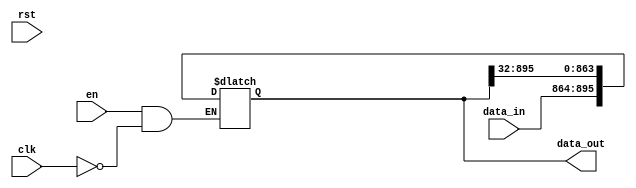
//module move_row_data(clk,en,data_in,)


module get_data(clk,rst,data,data_kernel,mul_en,kernel_en);
input clk;
input rst;
input [31:0] data;
output reg [32*9 -1 :0] data_kernel;
output wire mul_en;//
output wire kernel_en;

wire [32*28-1:0] data_row1,data_row2,data_row3;//data

reg flag1,flag2,flag3,flag4;// flag4
reg [6:0] count1,count2,count3;//
reg [9:0] count;
wire [31:0] data1,data2,data3;
reg [31:0] d1,d2;
reg finsh;

assign data1 = flag4 ? d1 : data;
assign data2 = flag4 ? d2 : data;
assign data3 = data;
assign kernel_en = (count==0 | count >726) ? 1'b0 : 1'b1;
initial begin
	flag1 = 0;
	flag2 = 0;
	flag3 = 0;
	flag4 = 0;
	count1 = 0;
	count2 = 0;
	count3 = 0;
	finsh = 0;
	count = 0;
end
move_row_data row1(clk,rst,flag1,data1,data_row1);
move_row_data row2(clk,rst,flag2,data2,data_row2);
move_row_data row3(clk,rst,flag3,data3,data_row3);

always @(posedge clk )begin

	if(count3 <28) begin
		if (count3 == 27) finsh = 1;
		if(count2 <28)begin
			if(count1 <28)begin
			   if (count1 == 0) flag1 = 1;
				count1 = count1 + 1;
			end
			else begin
				flag1 =0;
				flag2 =1;
				count2 = count2 + 1;
			end
		end
		else begin
			flag2 = 0;
			flag3 = 1;
			count3 = count3 + 1;
		end
	end
	else begin
		flag1 = 1;
		flag2 = 1;
		flag3 = 1;
		flag4 = 1;
	end
	d1 = data_row2[31:0];
	d2 = data_row3[31:0];
	data_kernel[31:0]= flag4 ? data_row1[31:0] : data_kernel[31:0];
	data_kernel[63:32]=flag4 ? data_row1[63:32] : data_kernel[63:32];
	data_kernel[95:64]=flag4 ? data_row1[95:64] : data_kernel[95:64];
	data_kernel[127:96]=flag4 ? data_row2[31:0] : data_kernel[127:96];
	data_kernel[159:128]=flag4 ? data_row2[63:32] : data_kernel[159:128];
	data_kernel[191:160]=flag4 ? data_row2[95:64] : data_kernel[191:160];
	data_kernel[223:192]=flag4 ? data_row3[31:0] : data_kernel[223:192];
	data_kernel[255:224]=flag4 ? data_row3[63:32] : data_kernel[255:224];
	data_kernel[287:256]=flag4 ? data_row3[95:64] : data_kernel[287:256];
	count = flag4 ? count + 1 : count;
end

assign mul_en = flag1 | flag2 |flag3 |flag4;
endmodule



module move_row_data(clk,rst,en,data_in,data_out);

input clk;
input en;
input rst;
input  [31:0] data_in ;
output reg [32*28-1:0] data_out ;

always @(data_in or clk or en )
begin
	if (en &(~clk)) begin
		data_out[31:0]=data_out[63:32];
		data_out[63:32]=data_out[95:64];
		data_out[95:64]=data_out[127:96];
		data_out[127:96]=data_out[159:128];
		data_out[159:128]=data_out[191:160];
		data_out[191:160]=data_out[223:192];
		data_out[223:192]=data_out[255:224];
		data_out[255:224]=data_out[287:256];
		data_out[287:256]=data_out[319:288];
		data_out[319:288]=data_out[351:320];
		data_out[351:320]=data_out[383:352];
		data_out[383:352]=data_out[415:384];
		data_out[415:384]=data_out[447:416];
		data_out[447:416]=data_out[479:448];
		data_out[479:448]=data_out[511:480];
		data_out[511:480]=data_out[543:512];
		data_out[543:512]=data_out[575:544];
		data_out[575:544]=data_out[607:576];
		data_out[607:576]=data_out[639:608];
		data_out[639:608]=data_out[671:640];
		data_out[671:640]=data_out[703:672];
		data_out[703:672]=data_out[735:704];
		data_out[735:704]=data_out[767:736];
		data_out[767:736]=data_out[799:768];
		data_out[799:768]=data_out[831:800];
		data_out[831:800]=data_out[863:832];
		data_out[863:832]=data_out[895:864];
		data_out[895:864]=data_in;
	end
	else begin
		data_out = data_out;
	end

end
endmodule